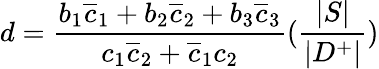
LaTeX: d={\frac{b_{1}\overline{{c}}_{1}+b_{2}\overline{{c}}_{2}+b_{3}\overline{{c}}_{3}}{c_{1}\overline{{c}}_{2}+\overline{{c}}_{1}c_{2}}}({\frac{|S|}{|D^{+}|}})